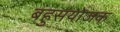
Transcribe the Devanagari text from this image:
बहुसंयोजक